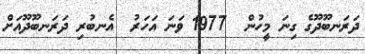
ދަރަނބޫދޫގެ ގިނަ މީހުން  1977 ވަނަ އަހަރު  އެނބުރި ދަރަނބޫދޫއަށް